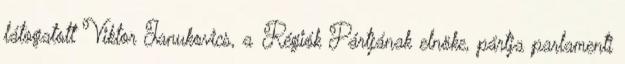
látogatott Viktor Janukovics, a Régiók Pártjának elnöke, pártja parlamenti